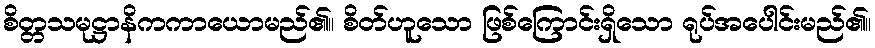
စိတ္တသမုဋ္ဌာနိကကာယောမည်၏။ စိတ်ဟူသော ဖြစ်ကြောင်းရှိသော ရုပ်အပေါင်းမည်၏။